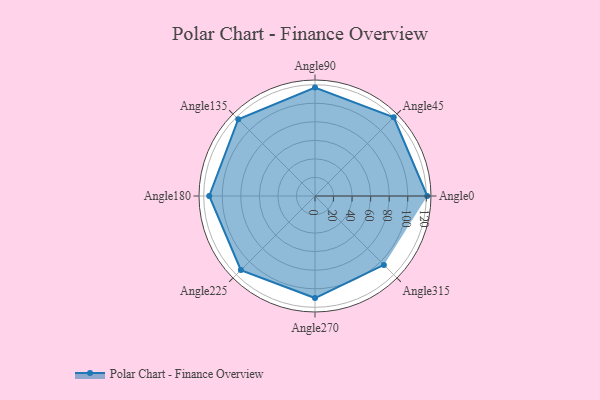
{"axis": {"x": "Angle", "y": "Radius"}, "legend": [""], "data": [{"x": "Angle0", "y": 121.0, "type": ""}, {"x": "Angle45", "y": 120.0, "type": ""}, {"x": "Angle90", "y": 117.0, "type": ""}, {"x": "Angle135", "y": 117.0, "type": ""}, {"x": "Angle180", "y": 114.0, "type": ""}, {"x": "Angle225", "y": 113.0, "type": ""}, {"x": "Angle270", "y": 110.0, "type": ""}, {"x": "Angle315", "y": 105.0, "type": ""}]}